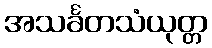
အသင်္ခတသံယုတ္တ